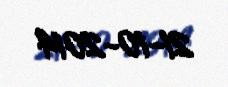
21-10-2014